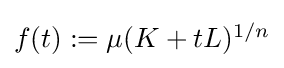
{\textstyle f(t):=\mu (K+tL)^{1/n}}